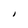
Character: I